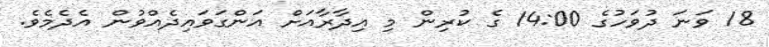
18 ވަނަ ދުވަހުގެ 14:00 ގެ ކުރިން މި އިދާރާއަށް އަންގަވައިދެއްވުން އެދެމެވެ.